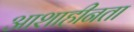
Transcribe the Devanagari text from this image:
आशाहीनता